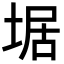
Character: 𡍄